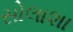
સોલાશા